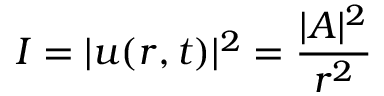
I = | u ( r , t ) | ^ { 2 } = { \frac { | A | ^ { 2 } } { r ^ { 2 } } }